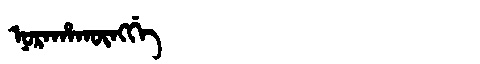
Manchu: ᠨᠣᡵᠠᡥᠠᡴᡡᠩᡤᡝ
Romanization: NORAHAKŪNGGE